Indian journal of veterinary science and animal husbandry - Volume 2,
Year: 1932
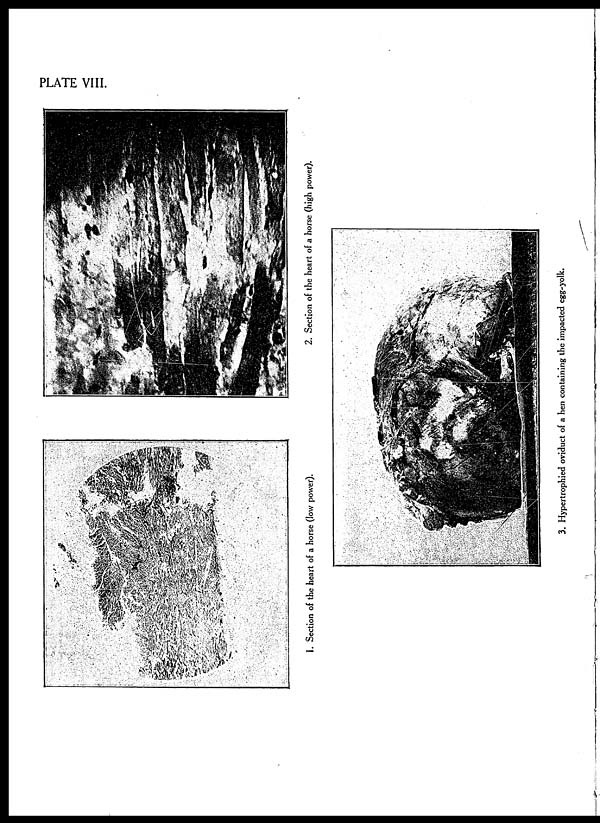
PLATE VIII.
1. Section of the heart of a horse (low power).
2. Section of the heart of a horse (high power).
3. Hypertrophied oviduct of a hen containing the impacted egg-yolk.